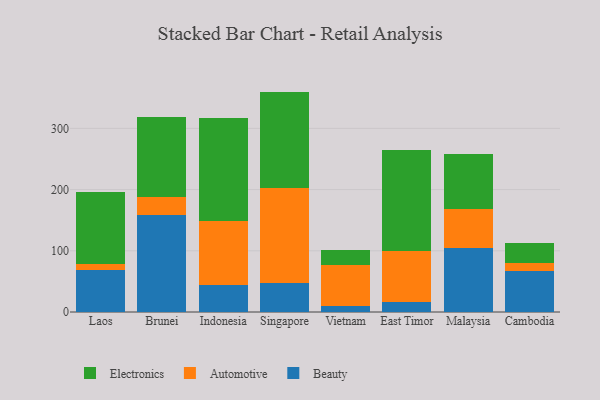
{"axis": {"x": "Country", "y": "Operating Costs (USD K)"}, "legend": ["Automotive", "Beauty", "Electronics"], "data": [{"x": "Laos", "y": 68.3, "type": "Beauty"}, {"x": "Laos", "y": 10.9, "type": "Automotive"}, {"x": "Laos", "y": 116.8, "type": "Electronics"}, {"x": "Brunei", "y": 157.7, "type": "Beauty"}, {"x": "Brunei", "y": 30.4, "type": "Automotive"}, {"x": "Brunei", "y": 131.2, "type": "Electronics"}, {"x": "Indonesia", "y": 44.0, "type": "Beauty"}, {"x": "Indonesia", "y": 104.3, "type": "Automotive"}, {"x": "Indonesia", "y": 169.2, "type": "Electronics"}, {"x": "Singapore", "y": 47.6, "type": "Beauty"}, {"x": "Singapore", "y": 155.5, "type": "Automotive"}, {"x": "Singapore", "y": 157.0, "type": "Electronics"}, {"x": "Vietnam", "y": 9.9, "type": "Beauty"}, {"x": "Vietnam", "y": 67.4, "type": "Automotive"}, {"x": "Vietnam", "y": 23.4, "type": "Electronics"}, {"x": "East Timor", "y": 17.1, "type": "Beauty"}, {"x": "East Timor", "y": 83.3, "type": "Automotive"}, {"x": "East Timor", "y": 165.0, "type": "Electronics"}, {"x": "Malaysia", "y": 104.5, "type": "Beauty"}, {"x": "Malaysia", "y": 63.9, "type": "Automotive"}, {"x": "Malaysia", "y": 89.8, "type": "Electronics"}, {"x": "Cambodia", "y": 67.0, "type": "Beauty"}, {"x": "Cambodia", "y": 12.7, "type": "Automotive"}, {"x": "Cambodia", "y": 32.8, "type": "Electronics"}]}